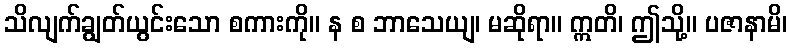
သိလျက်ချွတ်ယွင်းသော စကားကို။ န စ ဘာသေယျ၊ မဆိုရာ။ ဣတိ၊ ဤသို့။ ပဇာနာမိ၊